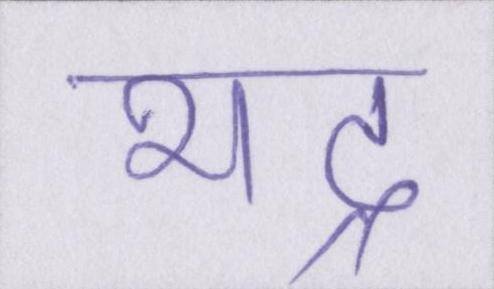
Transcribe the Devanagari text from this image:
भद्र